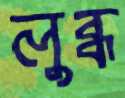
লুব্ধ